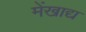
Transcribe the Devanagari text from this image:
मेंखाद्य